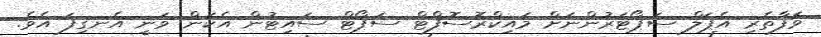
ވަފާތެރި އެޕަލް ސަޕޯޓަރުންނަށް މައިކްރޮސޮފްޓް ސަޕޯޓް ސައިޓުން އެކަން ވަނީ އެނގިފަ އެވެ.